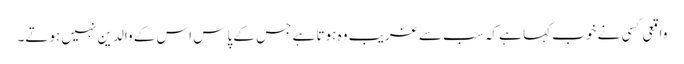
واقعی کسی نے خوب کہا ہے کہ سب سے غریب وہ ہوتا ہے جس کے پاس اس کے والدین نہیں ہوتے۔